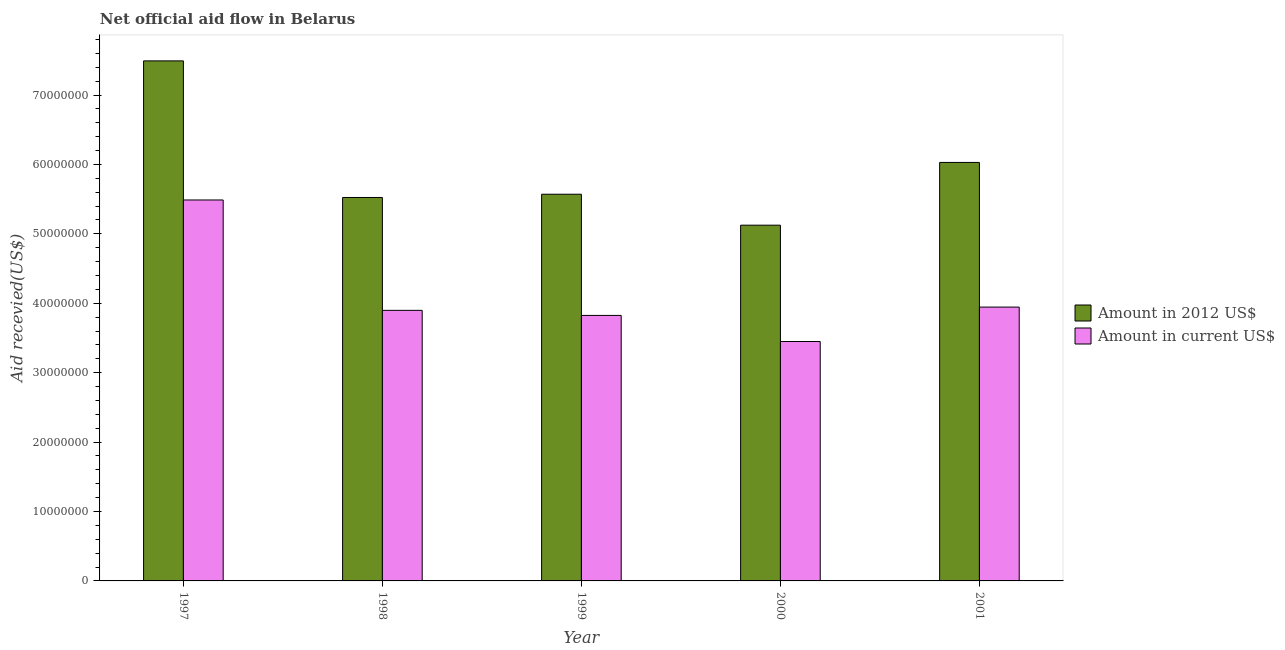
| Year | Amount in 2012 US$ | Amount in current US$ |
 | --- | --- | --- |
 | 1997 | 7.49e+07 | 5.49e+07 |
 | 1998 | 5.52e+07 | 3.9e+07 |
 | 1999 | 5.57e+07 | 3.82e+07 |
 | 2000 | 5.12e+07 | 3.45e+07 |
 | 2001 | 6.03e+07 | 3.94e+07 |